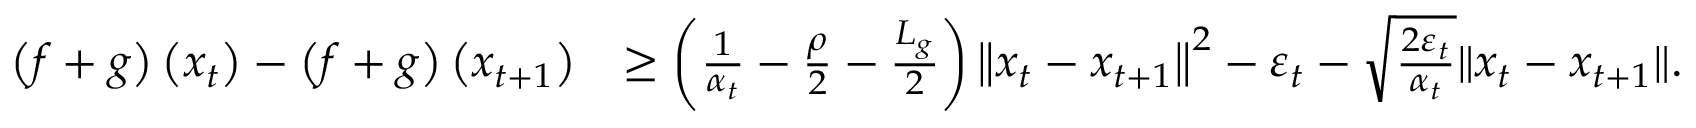
\begin{array} { r l } { \left( f + g \right) \left( x _ { t } \right) - \left( f + g \right) \left( x _ { t + 1 } \right) } & { \geq \left( \frac { 1 } { \alpha _ { t } } - \frac { \rho } { 2 } - \frac { L _ { g } } { 2 } \right) \left\Vert x _ { t } - x _ { t + 1 } \right\Vert ^ { 2 } - \varepsilon _ { t } - \sqrt { \frac { 2 \varepsilon _ { t } } { \alpha _ { t } } } \| x _ { t } - x _ { t + 1 } \| . } \end{array}